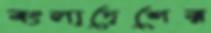
বংলাদেশের